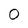
Character: O